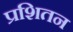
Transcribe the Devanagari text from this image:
प्रशितन